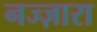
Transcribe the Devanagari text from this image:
नज्ज़ारा